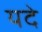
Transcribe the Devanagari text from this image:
यदे